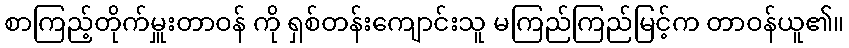
စာကြည့်တိုက်မှူးတာဝန် ကို ရှစ်တန်းကျောင်းသူ မကြည်ကြည်မြင့်က တာဝန်ယူ၏။